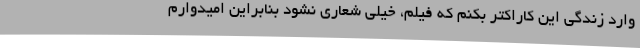
وارد زندگی این کاراکتر بکنم که فیلم، خیلی شعاری نشود بنابراین امیدوارم